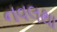
નવલથા